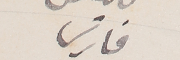
فارس